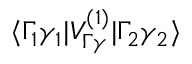
\langle \Gamma _ { 1 } \gamma _ { 1 } | V _ { \Gamma \gamma } ^ { ( 1 ) } | \Gamma _ { 2 } \gamma _ { 2 } \rangle